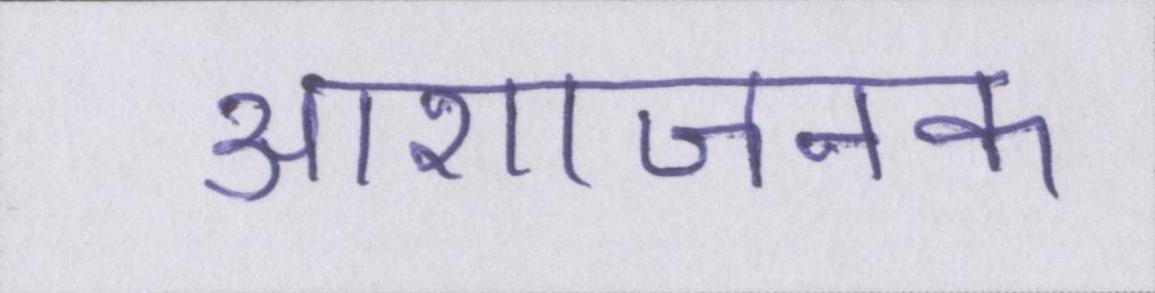
आशाजनक